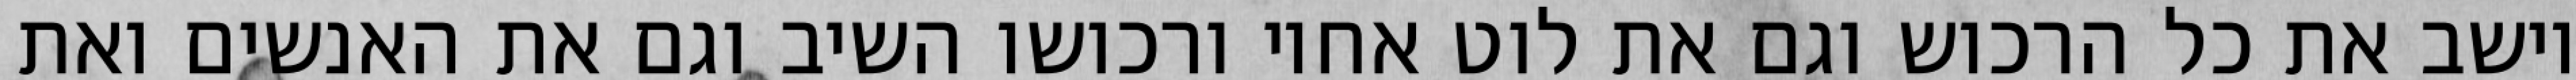
וישב את כל הרכוש וגם את לוט אחיו ורכושו השיב וגם את האנשים ואת